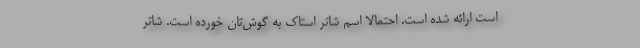
است ارائه شده است. احتمالا اسم شاتر استاک به گوش‌تان خورده است. شاتر